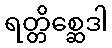
ရတ္တိစ္ဆေဒါ